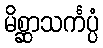
မိစ္ဆာသင်္ကပ္ပံ